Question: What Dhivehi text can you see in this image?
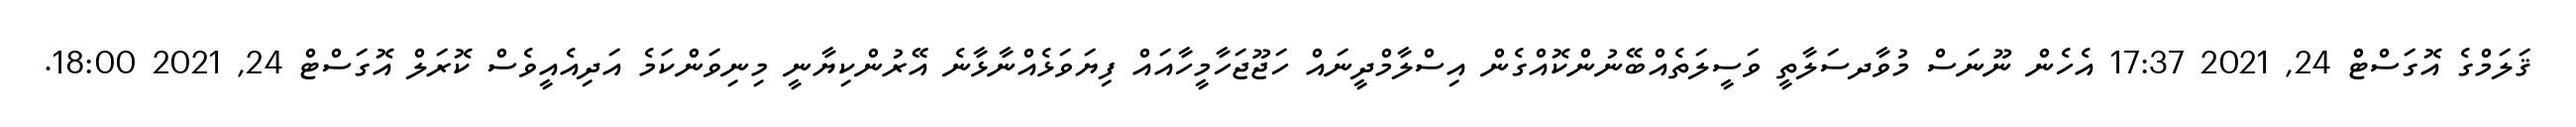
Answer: ޤަލަމްގެ އޮގަސްޓް 24, 2021 17:37 އެހެން ނޫނަސް މުވާދސަލާތީ ވަސީލަތެއްބޭނުންކޮއްގެން އިސްލާމްދީނައް ހަޖޫޖަހާމީހާއައް ފިޔަވަޅެއްނާޅާނެ އޭރުންކިޔާނީ މިނިވަންކަމެ އަދިއެއީވެސް ކޮރަލް އޮގަސްޓް 24, 2021 18:00.